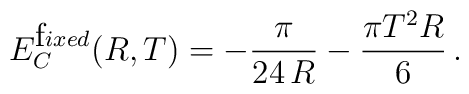
E^{{\mbox fixed}}_C(R,T)= -\frac{\pi}{24\, R}- \frac{\pi T^2R}{6}\,{.}